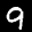
Label: 9